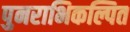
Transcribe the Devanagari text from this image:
पुनराभिकल्पित